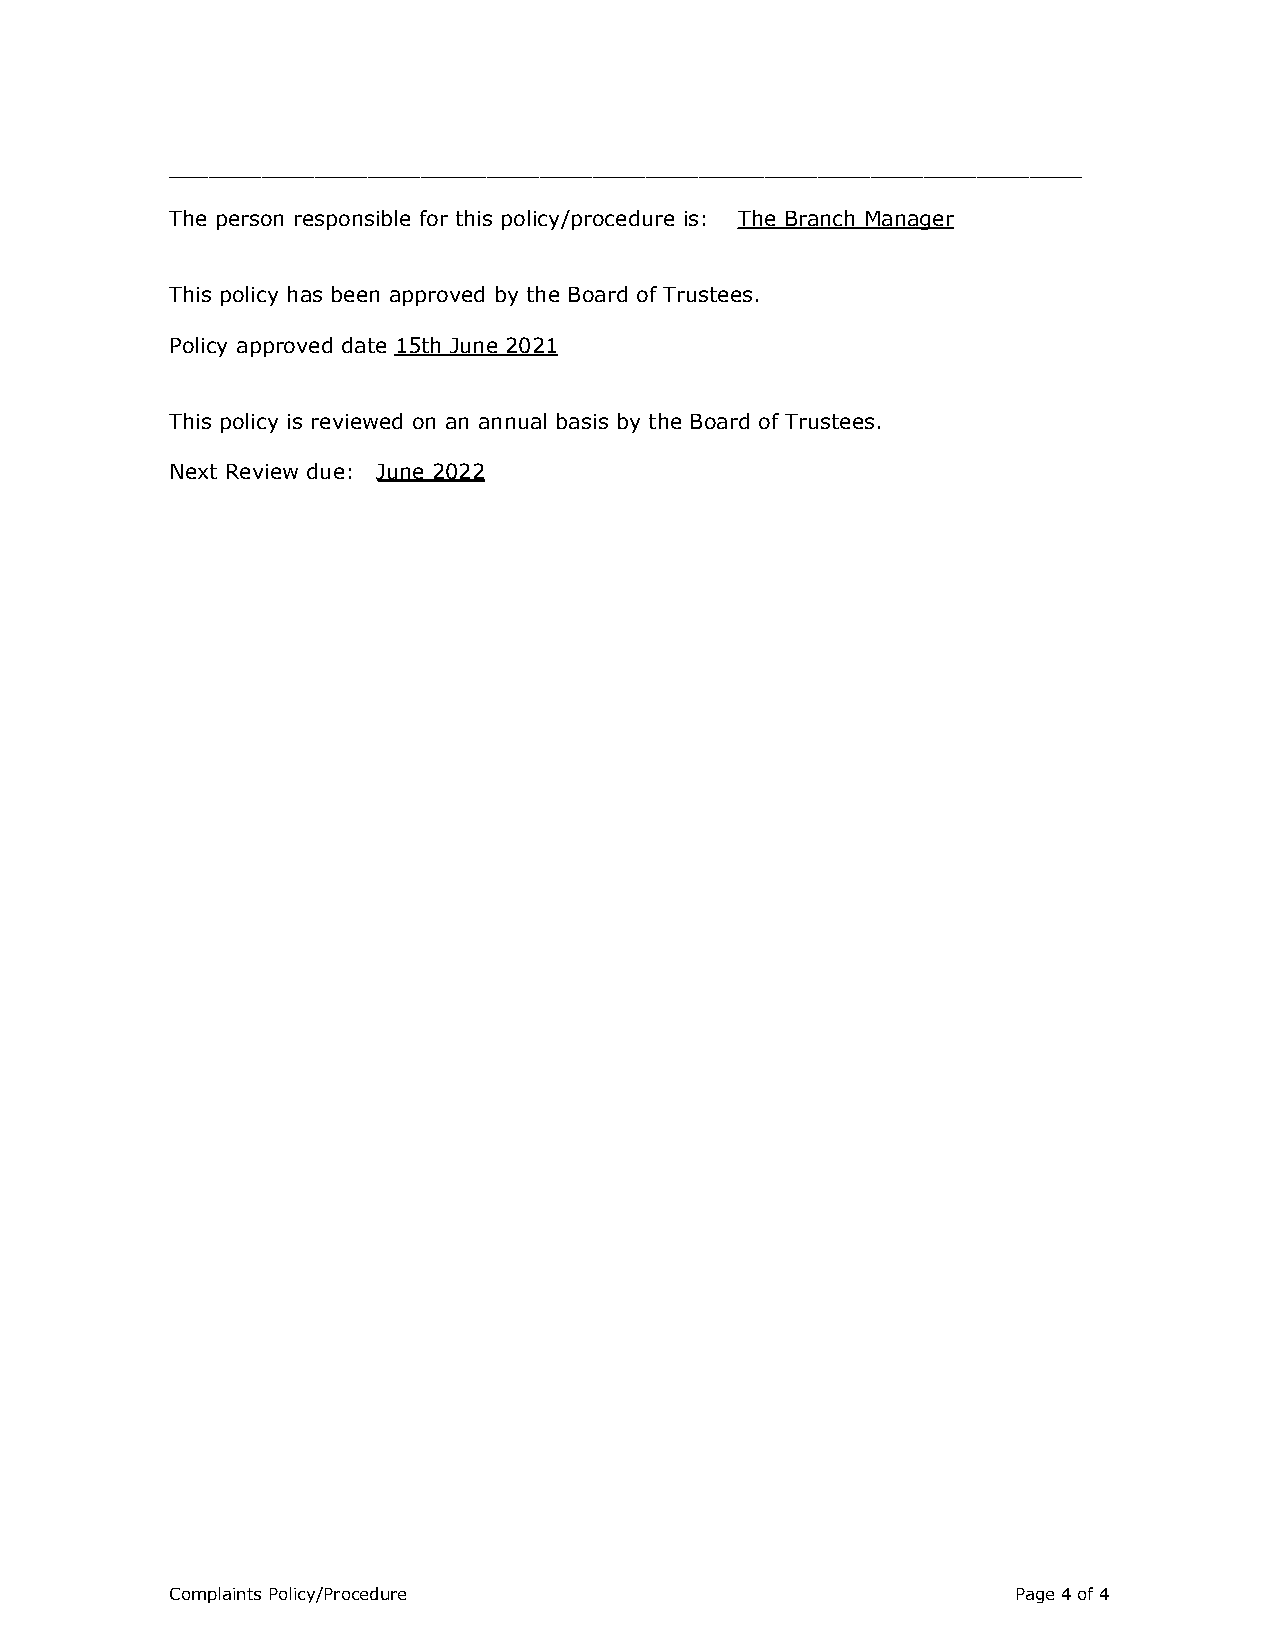
_____________________________________________________________________
 The person responsible for this policy/procedure is: The Branch Manager
 This policy has been approved by the Board of Trustees.
 Policy approved date 15th June 2021
 This policy is reviewed on an annual basis by the Board of Trustees.
 Next Review due: June 2022
 Complaints Policy/Procedure                             Page4of4